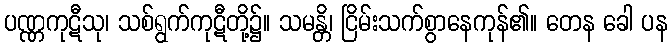
ပဏ္ဏကုဋီသု၊ သစ်ရွက်ကုဋီတို့၌။ သမန္တိ၊ ငြိမ်းသက်စွာနေကုန်၏။ တေန ခေါ ပန